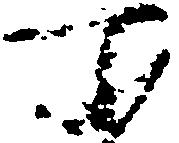
所